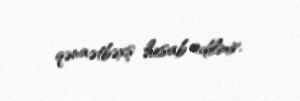
qənaətbəxş hesab edilmir.